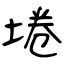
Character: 埢